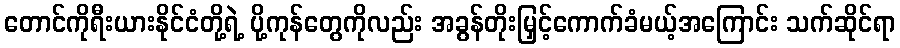
တောင်ကိုရီးယားနိုင်ငံတို့ရဲ့ ပို့ကုန်တွေကိုလည်း အခွန်တိုးမြှင့်ကောက်ခံမယ့်အကြောင်း သက်ဆိုင်ရာ